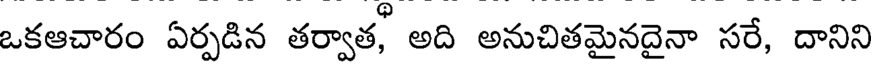
ఒకఆచారం ఏర్పడిన తర్వాత, అది అనుచితమైనదైనా సరే, దానిని